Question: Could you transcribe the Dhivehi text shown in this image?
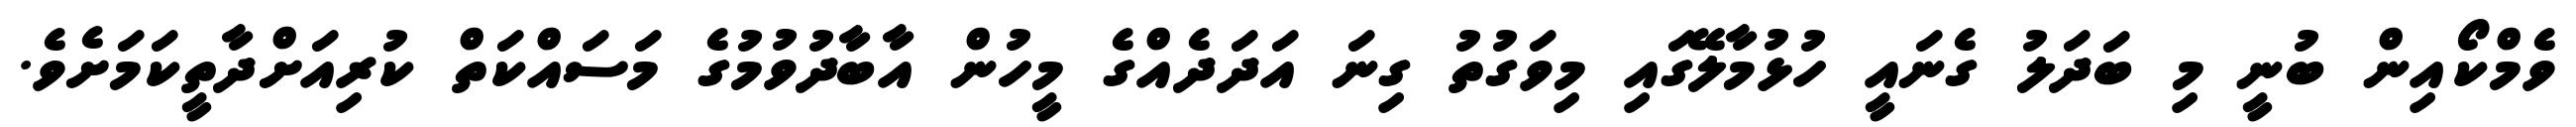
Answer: ވެމްކޯއިން ބުނީ މި ބަދަލު ގެނައީ ހުޅުމާލޭގައި މިވަގުތު ގިނަ އަދަދެއްގެ މީހުން އާބާދުވުމުގެ މަސައްކަތް ކުރިއަށްދާތީކަމަށެވެ.